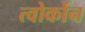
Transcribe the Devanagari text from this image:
त्वोर्कोन